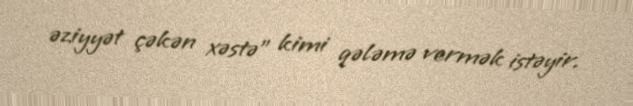
əziyyət çəkən xəstə” kimi qələmə vermək istəyir.